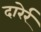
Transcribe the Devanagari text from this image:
दारेर्र